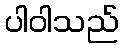
ပါဝါသည်